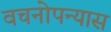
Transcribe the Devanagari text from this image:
वचनोपन्यास